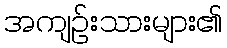
အကျဉ်းသားများ၏